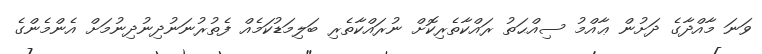
ވަނަ މާއްދާގެ ދަށުން ޢާއްމު ސިއްޙަތު ރައްކާތެރިކޮށް ނުރައްކާތެރި ބަލިމަޑުކަމެއް ފެތުރުނަނުދިނުދިނުމަށް އެންމެންގެ